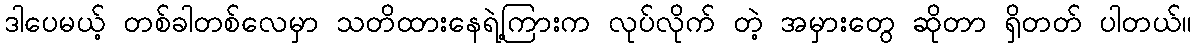
ဒါပေမယ့် တစ်ခါတစ်လေမှာ သတိထားနေရဲ့ကြားက လုပ်လိုက် တဲ့ အမှားတွေ ဆိုတာ ရှိတတ် ပါတယ်။